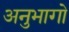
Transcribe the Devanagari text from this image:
अनुभागो